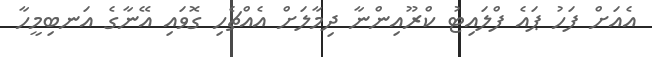
އެއަށް ފަހު ޕައެ ފްލައިޓު ކްރޫއިންނާ ދިމާލަށް އެއްޗެހި ގޮވައި އޭނާގެ އަނބިމީހާ